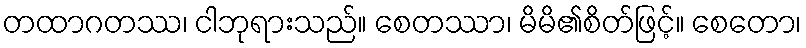
တထာဂတဿ၊ ငါဘုရားသည်။ စေတဿာ၊ မိမိ၏စိတ်ဖြင့်။ စေတော၊